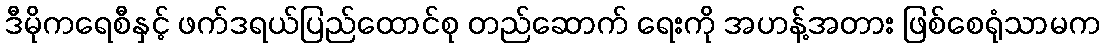
ဒီမိုကရေစီနှင့် ဖက်ဒရယ်ပြည်ထောင်စု တည်ဆောက် ရေးကို အဟန့်အတား ဖြစ်စေရုံသာမက